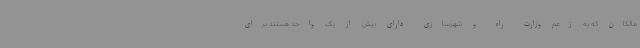
مالکان که به زعم وزارت راه و شهرسازی دارای بیش از یک واحد هستند برای